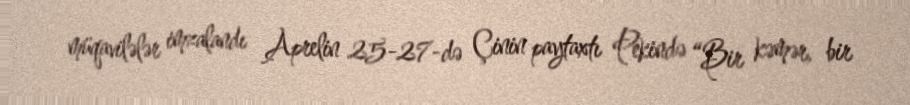
müqavilələr imzalandı Aprelin 25-27-də Çinin paytaxtı Pekində “Bir kəmər, bir